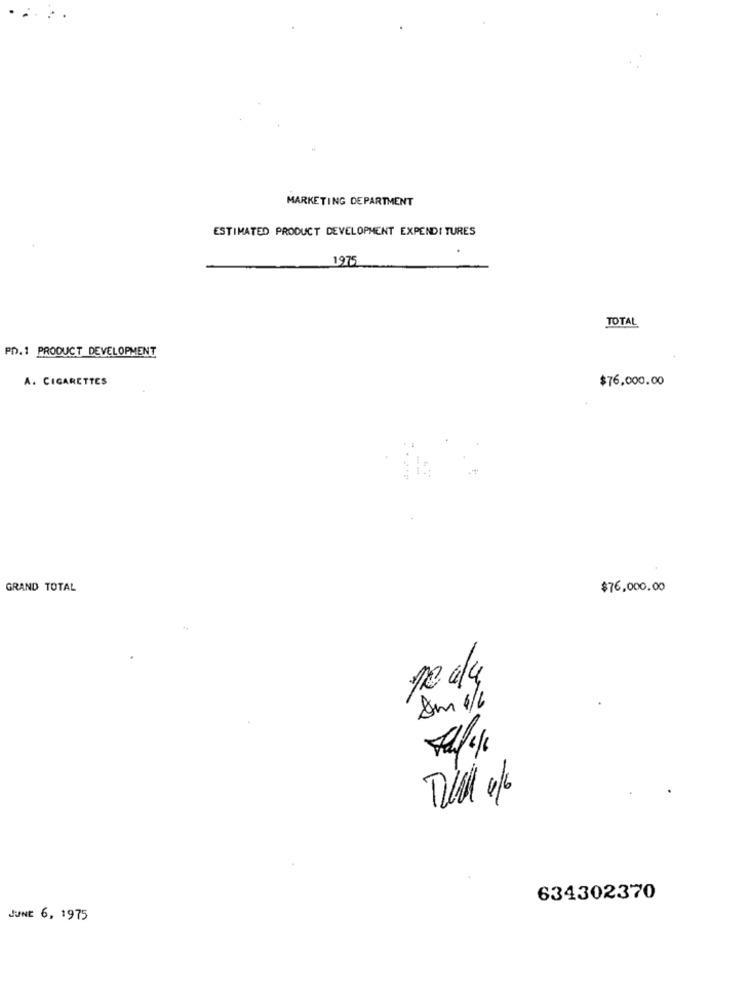
MARKETING DEPARTMENT
ESTIMATED PRODUCT DEVELOPMENT EXPENDI TURES
1975
TOTAL
PD.1 PRODUCT DEVELOPMENT
A. CIGARETTES
$76,000.00
GRAND TOTAL
$76,000.00
Am 1/6
634302370
JUNE 6, 1975